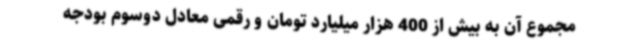
مجموع آن به بیش از 400 هزار میلیارد تومان و رقمی معادل دوسوم بودجه